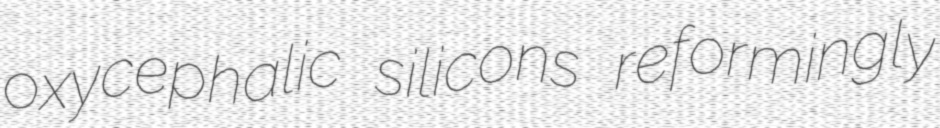
oxycephalic silicons reformingly